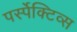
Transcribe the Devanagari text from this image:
पर्स्पेक्टिव्स